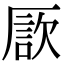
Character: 𠪗